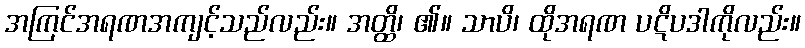
အကြင်အရဏအကျင့်သည်လည်း။ အတ္ထိ၊ ၏။ သာပိ၊ ထိုအရဏ ပဋိပဒါကိုလည်း။